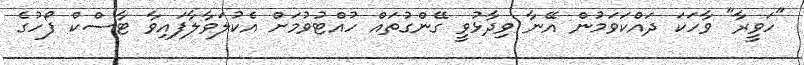
"ހަވީރާ" ވާހަކަ ދައްކަވަމުން އޭނާ ވިދާޅުވީ ގޭންގުތައް ހުއްޓުވުމަށް އެކުލަވާލާފައިވާ ޓާސްކް ފޯހުގެ